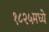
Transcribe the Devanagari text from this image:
१८२५मध्ये